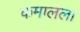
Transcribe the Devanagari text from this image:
कमालला